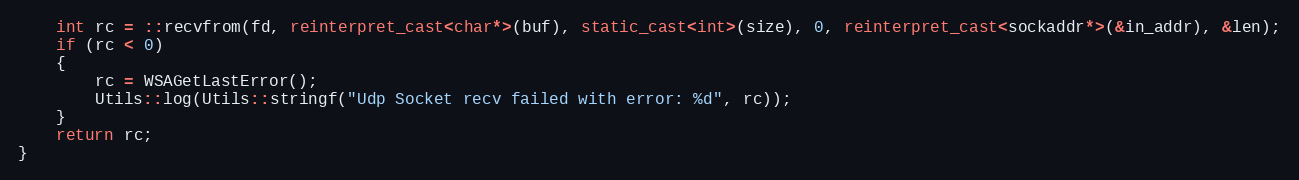
Language: C++
    int rc = ::recvfrom(fd, reinterpret_cast<char*>(buf), static_cast<int>(size), 0, reinterpret_cast<sockaddr*>(&in_addr), &len);
    if (rc < 0)
    {
        rc = WSAGetLastError();
        Utils::log(Utils::stringf("Udp Socket recv failed with error: %d", rc));
    }
    return rc;
}